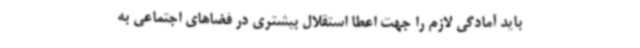
باید آمادگی لازم را جهت اعطا استقلال بیشتری در فضاهای اجتماعی به